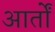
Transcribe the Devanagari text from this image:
आर्तों